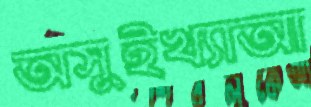
অসুইখ্যাআ